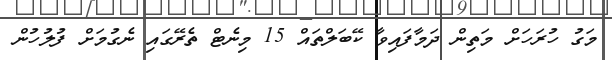
މަގު ހުރަހަށް މަތިން ދަމާފައިވާ ކޭބަލްތައް 15 މިނެޓް ތެރޭގައި ނެގުމަށް ފުލުހުން